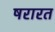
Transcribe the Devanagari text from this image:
षरारत